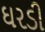
ઘરડી